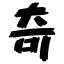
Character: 奇